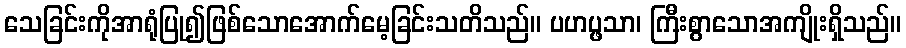
သေခြင်းကိုအာရုံပြု၍ဖြစ်သောအောက်မေ့ခြင်းသတိသည်။ ပဟပ္ဖသာ၊ ကြီးစွာသောအကျိုးရှိသည်။